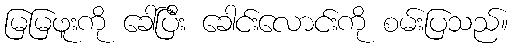
မြမြဖူးကို ခေါ်ပြီး ခေါင်းလောင်းကို စမ်းပြသည်။